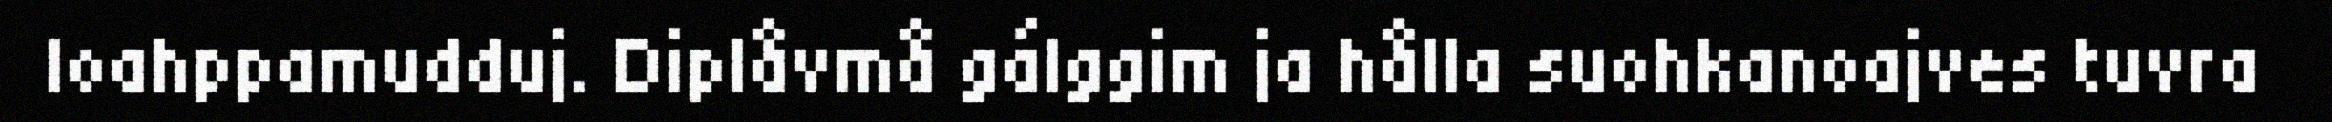
loahppamudduj. Diplåvmå gálggim ja hålla suohkanoajves tuvra